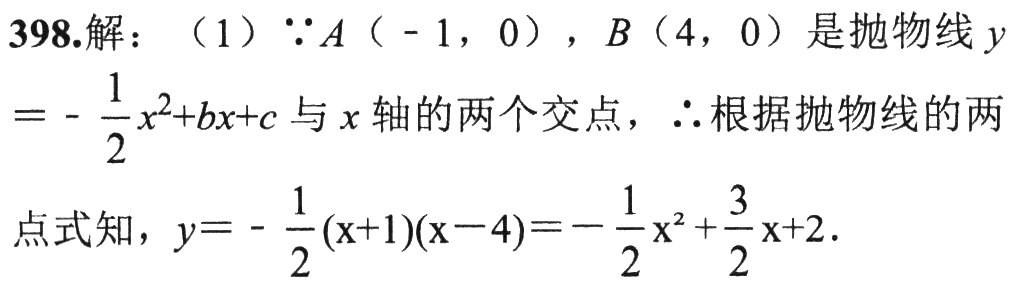
398.解：（1）\(\because A(-1,0)\)，\(B(4,0)\)是抛物线\(y = -\frac{1}{2}x^{2}+bx + c\)与\(x\)轴的两个交点，\(\therefore\)根据抛物线的两点式知，\(y = -\frac{1}{2}(x + 1)(x - 4)=-\frac{1}{2}x^{2}+\frac{3}{2}x + 2\)．